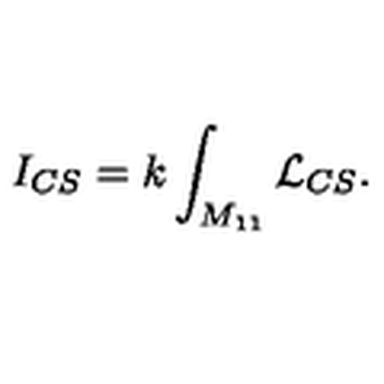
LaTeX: I _ { C S } = k \int _ { M _ { 1 1 } } { \cal L } _ { C S } .